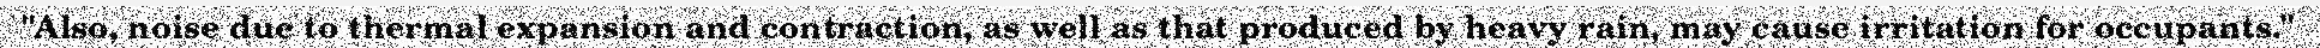
"Also, noise due to thermal expansion and contraction, as well as that produced by heavy rain, may cause irritation for occupants."